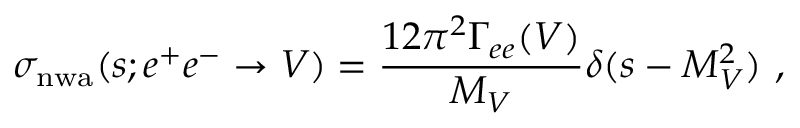
\sigma _ { \mathrm { n w a } } ( s ; e ^ { + } e ^ { - } \to V ) = \frac { 1 2 \pi ^ { 2 } \Gamma _ { e e } ( V ) } { M _ { V } } \delta ( s - M _ { V } ^ { 2 } ) \ ,